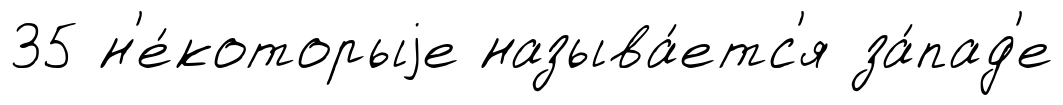
35 н'е́которыjе называ́етс'я за́пад'е